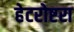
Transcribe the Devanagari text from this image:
हेटरोष्टरा